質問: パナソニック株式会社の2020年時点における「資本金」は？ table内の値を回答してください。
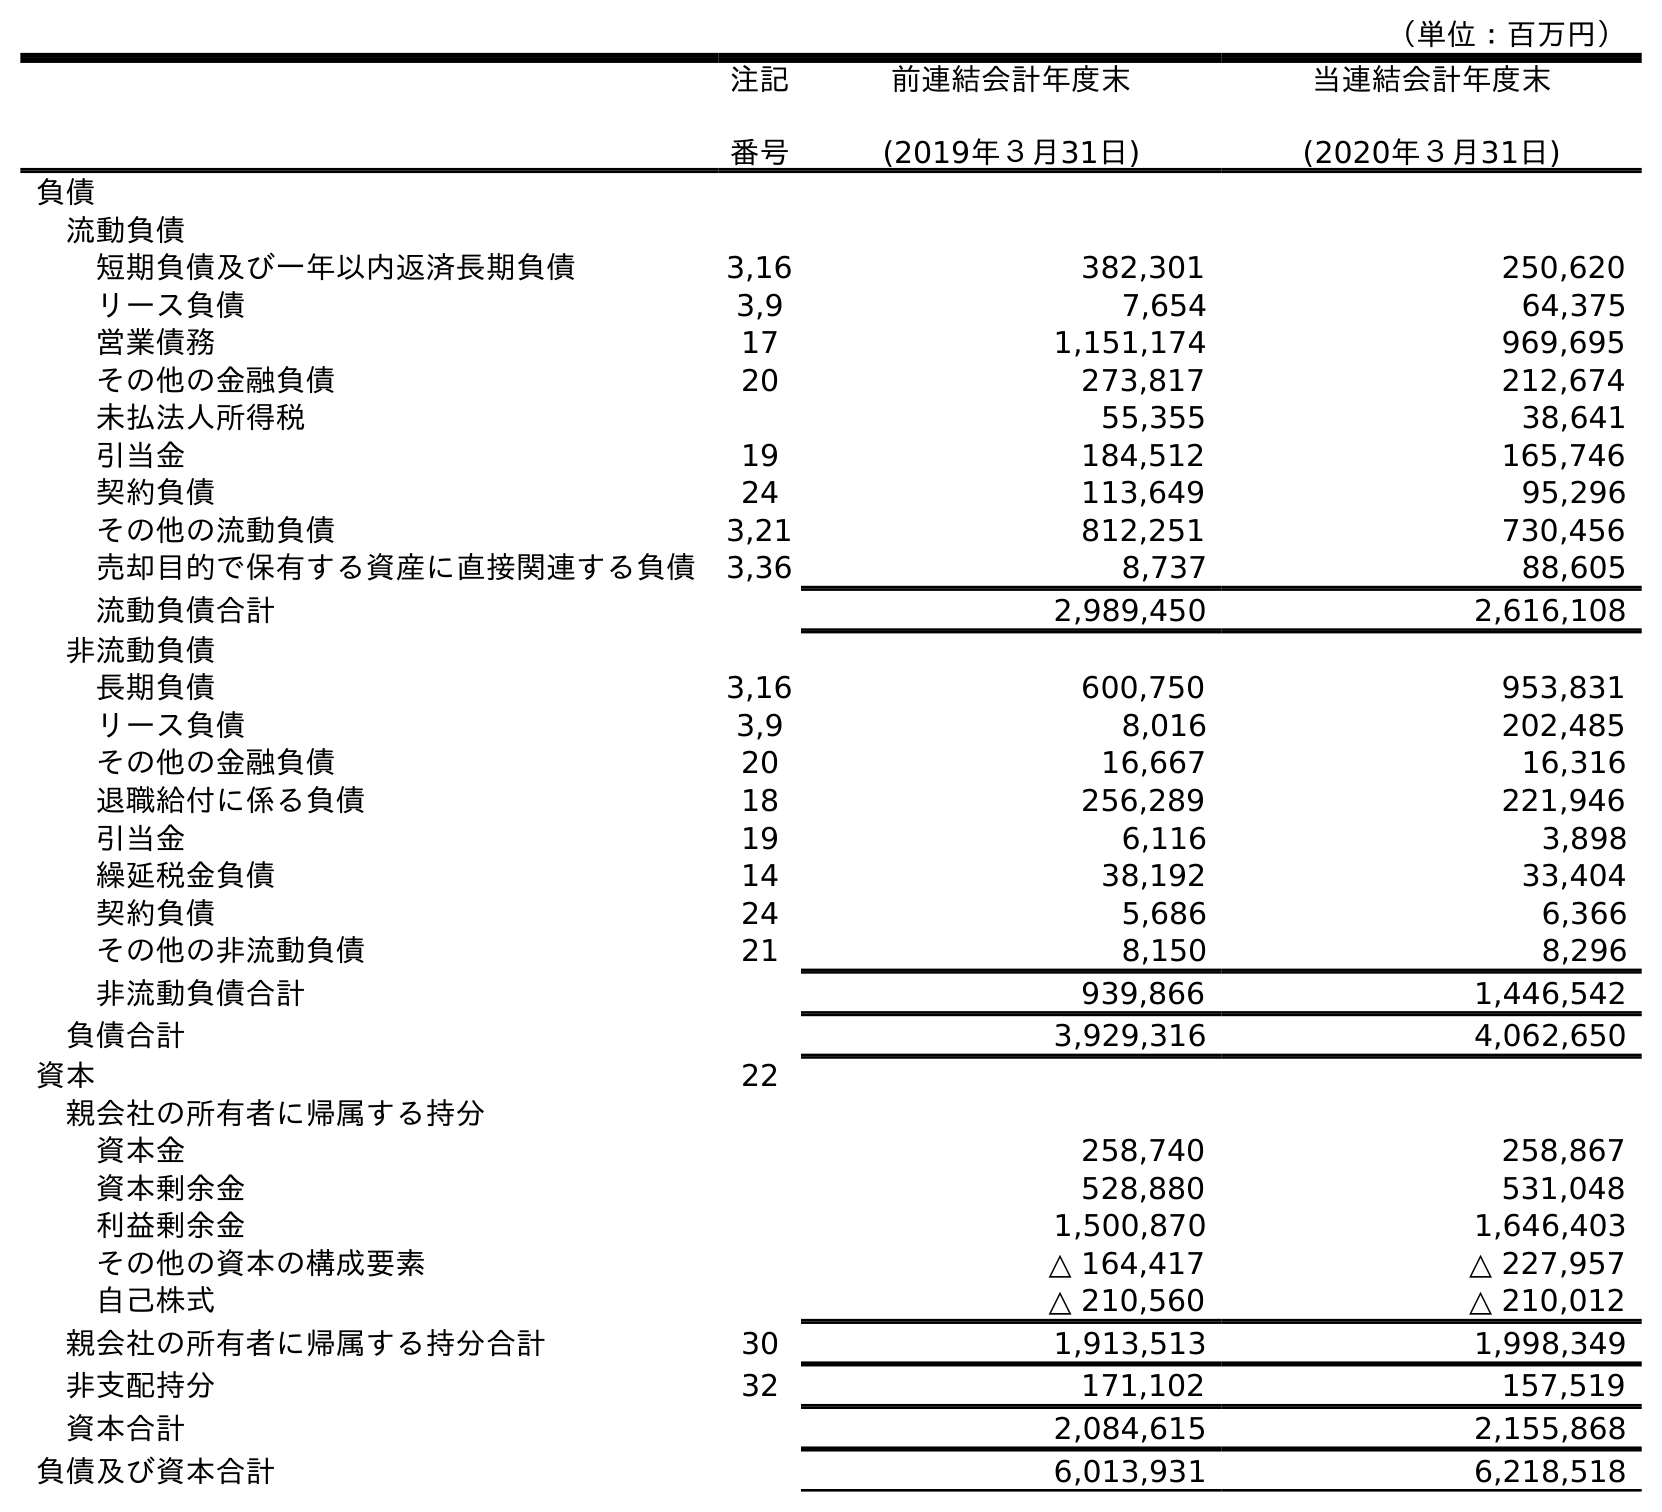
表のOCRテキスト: （単位：百万円） 注記 番号 前連結会計年度末 (2019年３月31日) 当連結会計年度末 (2020年３月31日) 負債 流動負債 短期負債及び一年以内返済長期負債 3,16 382,301 250,620 リース負債 3,9 7,654 64,375 営業債務 17 1,151,174 969,695 その他の金融負債 20 273,817 212,674 未払法人所得税 55,355 38,641 引当金 19 184,512 165,746 契約負債 24 113,649 95,296 その他の流動負債 3,21 812,251 730,456 売却目的で保有する資産に直接関連する負債 3,36 8,737 88,605 流動負債合計 2,989,450 2,616,108 非流動負債 長期負債 3,16 600,750 953,831 リース負債 3,9 8,016 202,485 その他の金融負債 20 16,667 16,316 退職給付に係る負債 18 256,289 221,946 引当金 19 6,116 3,898 繰延税金負債 14 38,192 33,404 契約負債 24 5,686 6,366 その他の非流動負債 21 8,150 8,296 非流動負債合計 939,866 1,446,542 負債合計 3,929,316 4,062,650 資本 22 親会社の所有者に帰属する持分 資本金 258,740 258,867 資本剰余金 528,880 531,048 利益剰余金 1,500,870 1,646,403 その他の資本の構成要素 △ 164,417 △ 227,957 自己株式 △ 210,560 △ 210,012 親会社の所有者に帰属する持分合計 30 1,913,513 1,998,349 非支配持分 32 171,102 157,519 資本合計 2,084,615 2,155,868 負債及び資本合計 6,013,931 6,218,518
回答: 258,867